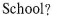
School?